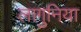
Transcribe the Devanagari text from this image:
लागुनिया